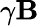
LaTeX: \gamma\mathbf{B}